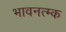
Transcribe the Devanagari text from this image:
भावनत्म्क